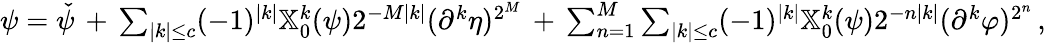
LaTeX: \begin{array}{r}{\psi=\check{\psi}\, +\, \sum_{|k|\leq c}(-1)^{|k|}\mathbb{X}_{0}^{k}(\psi)2^{-M|k|}(\partial^{k}\eta)^{2^{M}}\, +\, \sum_{n=1}^{M}\sum_{|k|\leq c}(-1)^{|k|}\mathbb{X}_{0}^{k}(\psi)2^{-n|k|}(\partial^{k}\varphi)^{2^{n}}\, ,}\end{array}